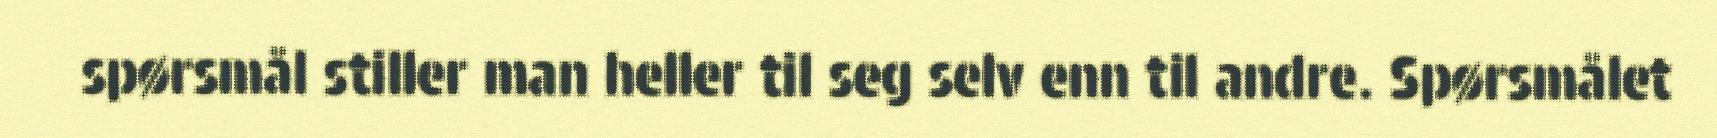
spørsmål stiller man heller til seg selv enn til andre. Spørsmålet